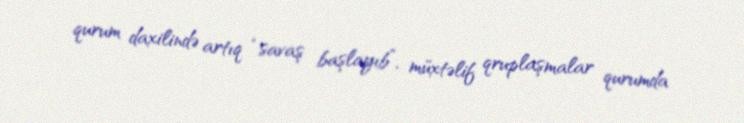
qurum daxilində artıq “savaş başlayıb”, müxtəlif qruplaşmalar qurumda